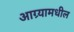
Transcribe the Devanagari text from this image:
आग्र्यामधील